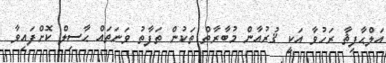
އަލްޙާފިޡާ ރަހުވާ އަކީ ޤުރުއާން މުބާރާތް ތަކުން ތަފާތު ވަނަތައް ޙާސިލް ކޮށްފައިވާ